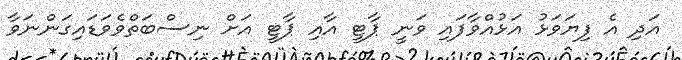
އަދި އެ ފިޔަވަޅު އަޅުއްވާފައި ވަނީ ޕާޓީ އާއި ޕާޓީ އަށް ނިސްބަތްވެވަޑައިގަންނަވާ